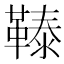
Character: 𩌉